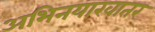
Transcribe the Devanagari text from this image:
अभिनयाखातर